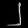
Digit: ၂